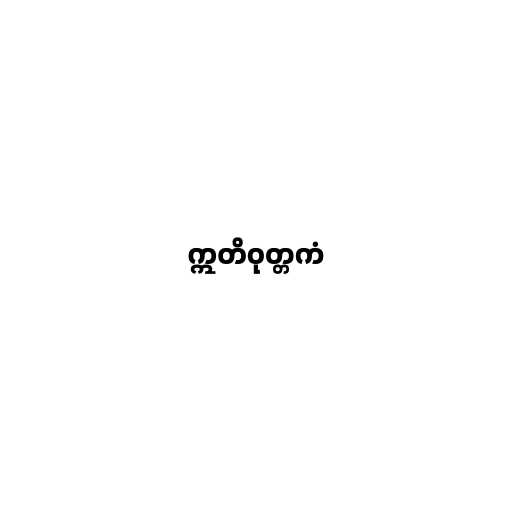
ဣတိဝုတ္တကံ